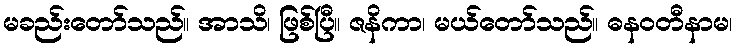
မခည်းတော်သည်။ အာသိ၊ ဖြစ်ပြီ။ ဇနိကာ၊ မယ်တော်သည်။ ဓနဝတီနာမ၊